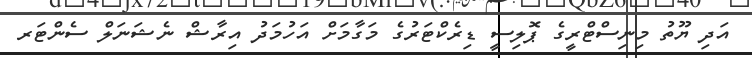
އަދި ޔޫތު މިނިސްޓްރީގެ ޕޮލިސީ ޑިރެކްޓަރުގެ މަގާމަށް އަހުމަދު އިރާޝް ނެޝަނަލް ސެންޓަރ